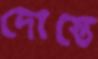
দোস্তে